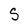
Character: S